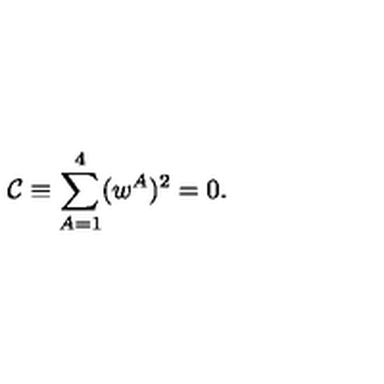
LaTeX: \mathcal { C } \equiv \sum _ { A = 1 } ^ { 4 } ( w ^ { A } ) ^ { 2 } = 0 .